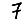
Digit: 7